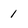
Character: 1